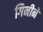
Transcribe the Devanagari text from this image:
गिनीने